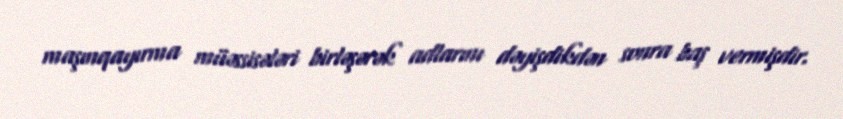
maşınqayırma müəssisələri birləşərək adlarını dəyişdikdən sonra baş vermişdir.